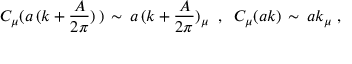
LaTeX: C _ { \mu } ( a \, ( k + \frac { A } { 2 \pi } ) \, ) \, \sim \, a \, ( k + \frac { A } { 2 \pi } ) _ { \mu } \; \; , \; \; C _ { \mu } ( a k ) \, \sim \, a k _ { \mu } \; ,